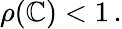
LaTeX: \rho(\mathbb{C})<1\, .